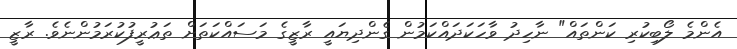
އެންމެ ލޯބިކުރި ކަންތައް" ނާހިދު ވާހަކަދައްކަމުން ގެންދިޔައީ ރާޒީގެ މަސައްކަތަށް ތަޢުރީފުކުރަމުންނެވެ. ރާޒީ